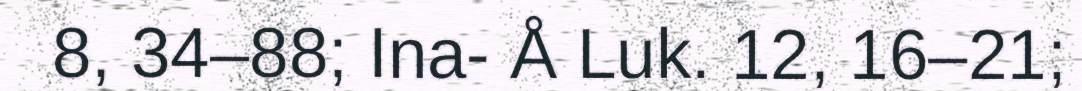
8, 34–88; Ina- Å Luk. 12, 16–21;